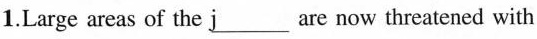
1.Large areas of the\underline{j} are now threatened with